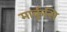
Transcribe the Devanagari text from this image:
मार्कुसि